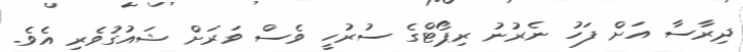
ދިރާސާ އަށް ފަހު ނެރުނު ރިޕޯޓްގެ ސުރުހީ ވެސް ވަރަށް ޝައުގުވެރި އެވެ.